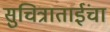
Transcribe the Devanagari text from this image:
सुचित्राताईंचा